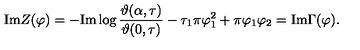
\mathrm { I m } Z ( \varphi ) = - \mathrm { I m } \log \frac { \vartheta ( \alpha , \tau ) } { \vartheta ( 0 , \tau ) } - \tau _ { 1 } \pi \varphi _ { 1 } ^ { 2 } + \pi \varphi _ { 1 } \varphi _ { 2 } = \mathrm { I m } \Gamma ( \varphi ) .